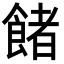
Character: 𩜼